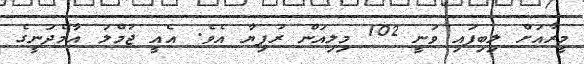
މީރާއަށް ލިބިފައި ވަނީ 102 މިލިއަން ރުފިޔާ އެވެ. އެއީ ޖުމްލަ އާމްދަނީގެ